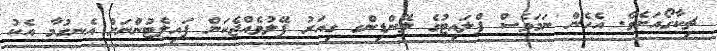
ޗިކާގޯއަށެވެ. އެހެން ނަމަވެސް ފްލައިޓުގެ ލޭންޑިންގ ގިއަރު ފޭލުވެއްޖެކަން ޕައިލެޓުންނަށް އެނގުމާ އެކު